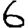
Digit: 6